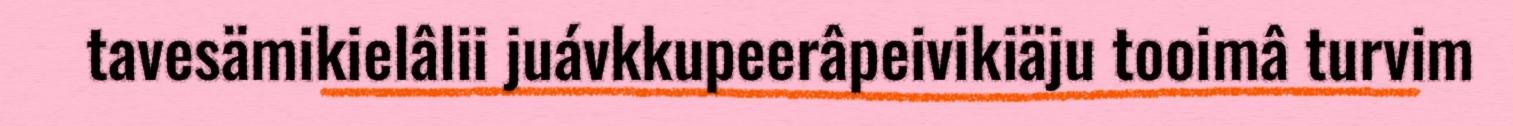
tavesämikielâlii juávkkupeerâpeivikiäju tooimâ turvim